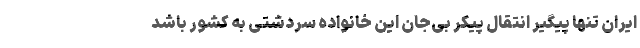
ایران تنها پیگیر انتقال پیکر بی‌جان این خانواده سردشتی به کشور باشد